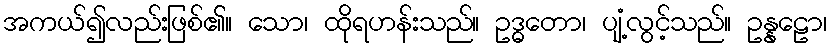
အကယ်၍လည်းဖြစ်၏။ သော၊ ထိုရဟန်းသည်။ ဥဒ္ဓတော၊ ပျံ့လွင့်သည်။ ဥန္နဠော၊